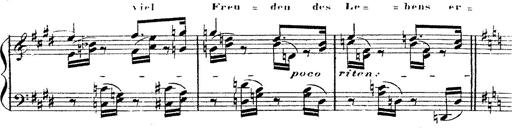
Title: 12 Lieder von Franz Schubert
Composer: Franz Liszt